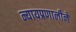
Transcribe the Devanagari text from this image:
न्यायप्रणालीने